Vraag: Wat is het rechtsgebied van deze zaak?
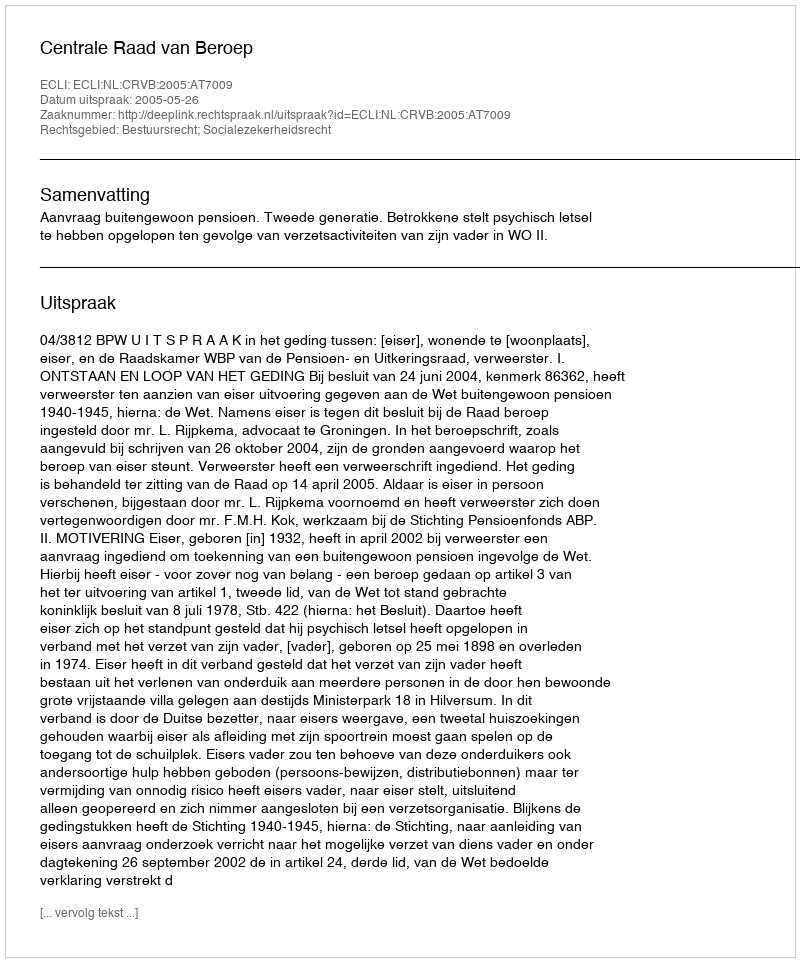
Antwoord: Bestuursrecht; Socialezekerheidsrecht